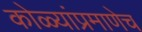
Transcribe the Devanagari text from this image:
कोळ्यांप्रमाणेच